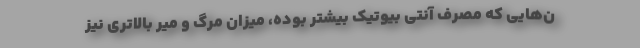
ن‌هایی که مصرف آنتی بیوتیک بیشتر بوده، میزان مرگ و میر بالاتری نیز